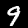
Digit: 9